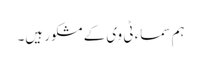
ہم سماء ٹی وی کے مشکور ہیں۔